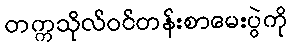
တက္ကသိုလ်ဝင်တန်းစာမေးပွဲကို